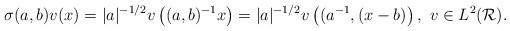
\begin{align*}\sigma(a,b)v(x)=|a|^{-1/2}v\left((a,b)^{-1}x\right)=|a|^{-1/2}v\left((a^{-1},(x-b)\right),\ v\in L^2(\mathcal{R}).\end{align*}